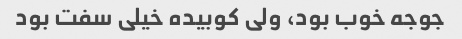
جوجه خوب بود، ولی کوبیده خیلی سفت بود